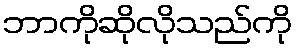
ဘာကိုဆိုလိုသည်ကို